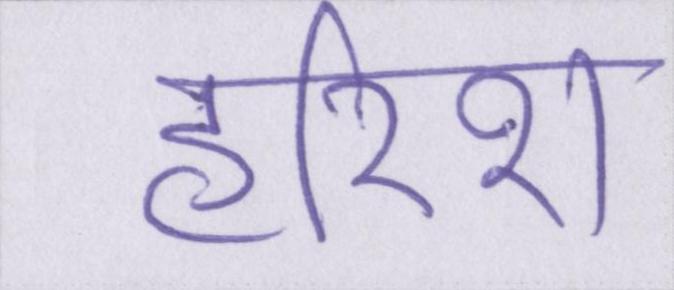
हरीश